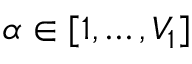
\alpha \in [ 1 , \ldots , V _ { 1 } ]